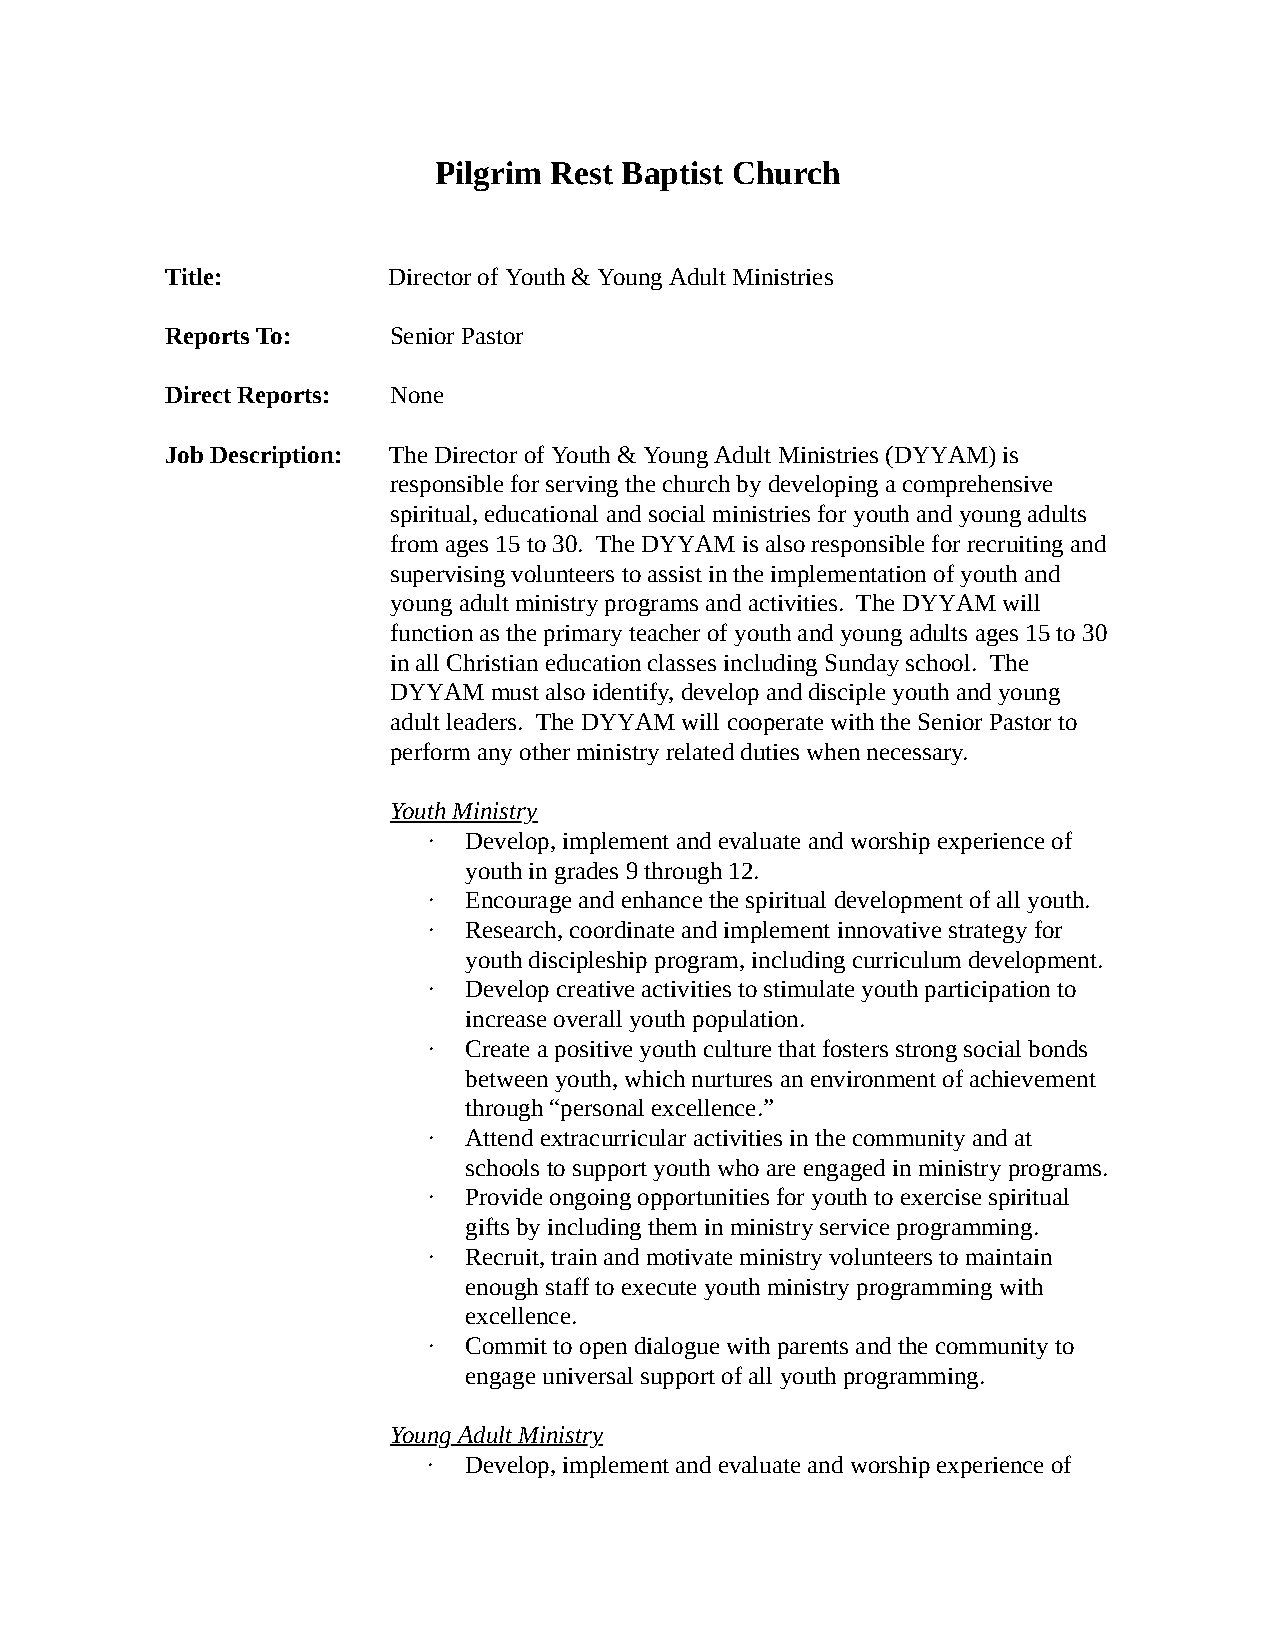
Pilgrim Rest Baptist Church
 Title:         Director of Youth & Young Adult Ministries
 Reports To:    Senior Pastor
 Direct Reports: None
 Job Description: The Director of Youth & Young Adult Ministries (DYYAM) is
 responsible for serving the church by developing a comprehensive
 spiritual, educational and social ministries for youth and young adults
 from ages 15 to 30. The DYYAM is also responsible for recruiting and
 supervising volunteers to assist in the implementation of youth and
 young adult ministry programs and activities. The DYYAM will
 function as the primary teacher of youth and young adults ages 15 to 30
 in all Christian education classes including Sunday school. The
 DYYAM must also identify, develop and disciple youth and young
 adult leaders. The DYYAM will cooperate with the Senior Pastor to
 perform any other ministry related duties when necessary.
 Youth Ministry
 ∙  Develop, implement and evaluate and worship experience of
 youth in grades 9 through 12.
 ∙  Encourage and enhance the spiritual development of all youth.
 ∙  Research, coordinate and implement innovative strategy for
 youth discipleship program, including curriculum development.
 ∙  Develop creative activities to stimulate youth participation to
 increase overall youth population.
 ∙  Create a positive youth culture that fosters strong social bonds
 between youth, which nurtures an environment of achievement
 through “personal excellence.”
 ∙  Attend extracurricular activities in the community and at
 schools to support youth who are engaged in ministry programs.
 ∙  Provide ongoing opportunities for youth to exercise spiritual
 gifts by including them in ministry service programming.
 ∙  Recruit, train and motivate ministry volunteers to maintain
 enough staff to execute youth ministry programming with
 excellence.
 ∙  Commit to open dialogue with parents and the community to
 engage universal support of all youth programming.
 Young Adult Ministry
 ∙  Develop, implement and evaluate and worship experience of